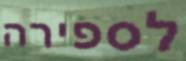
לספירה